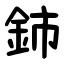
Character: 鈰